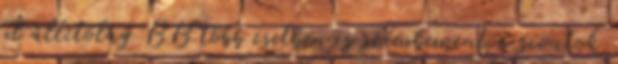
pl állítólag BB több esetben is szembement a scoutok